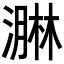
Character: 𭲡